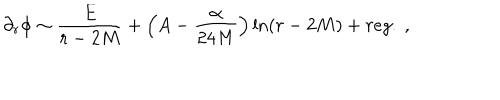
LaTeX: \partial _ { r } \phi \sim \frac { E } { r - 2 M } + \left( A - \frac { \alpha } { 2 4 M } \right) \ln ( r - 2 M ) + r e g . \ ,